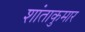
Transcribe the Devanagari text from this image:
शांताकुमार